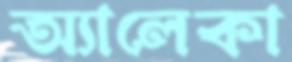
অ্যালেকা